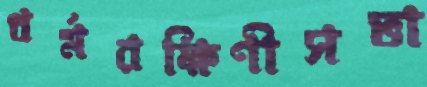
ধর্মরক্ষিণীসভা